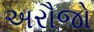
અરૌજો